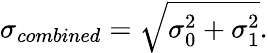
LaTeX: \sigma_{combined}=\sqrt{\sigma_{0}^{2}+\sigma_{1}^{2}}.